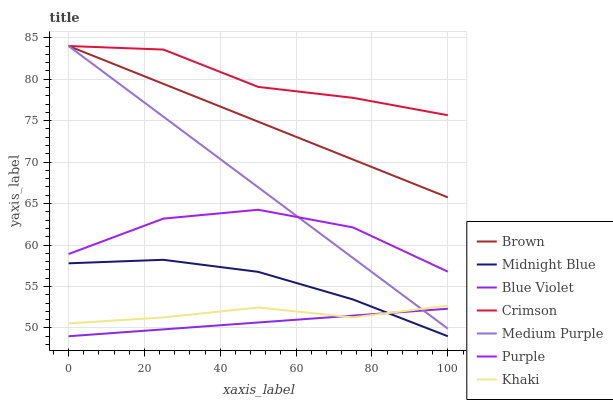
| xaxis_label | Brown | Midnight Blue | Blue Violet | Crimson | Medium Purple | Purple | Khaki |
 | --- | --- | --- | --- | --- | --- | --- | --- |
 | 0 | 84 | 57.8 | 49 | 84 | 84 | 58.9 | 50.5 |
 | 25 | 79.4 | 58.2 | 49.8 | 83.6 | 75.5 | 63.2 | 51.3 |
 | 50 | 74.9 | 56.8 | 50.7 | 79.1 | 67 | 64.3 | 52.5 |
 | 75 | 70.3 | 53.4 | 51.5 | 77.8 | 58.4 | 62.1 | 51.3 |
 | 100 | 65.7 | 49 | 52.3 | 75.7 | 49.9 | 56.8 | 52.7 |